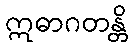
ဣဓာဂတန္တိ